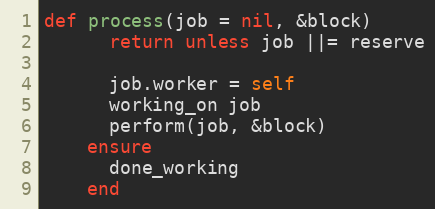
Language: Ruby
def process(job = nil, &block)
      return unless job ||= reserve

      job.worker = self
      working_on job
      perform(job, &block)
    ensure
      done_working
    end